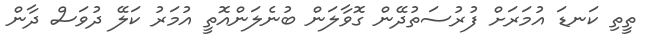
ތީތި ކަނޑަ އުމަރަށް ފުރުސަތުދޭން ގޮވާލަން ބުނެލަންއޮތީ އުމަރު ކަލޭ ދުވަސް ދާން